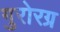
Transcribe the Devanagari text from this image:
गुरोरग्र